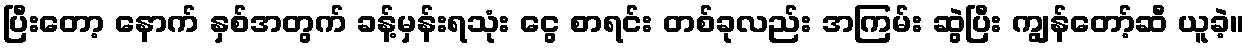
ပြီးတော့ နောက် နှစ်အတွက် ခန့်မှန်းရသုံး ငွေ စာရင်း တစ်ခုလည်း အကြမ်း ဆွဲပြီး ကျွန်တော့်ဆီ ယူခဲ့။